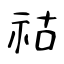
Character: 祜